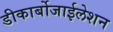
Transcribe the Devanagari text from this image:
डीकार्बोजाईलेशन